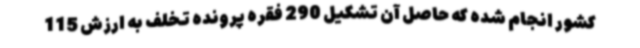
کشور انجام شده که حاصل آن تشکیل 290 فقره پرونده تخلف به ارزش 115